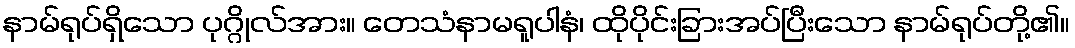
နာမ်ရုပ်ရှိသော ပုဂ္ဂိုလ်အား။ တေသံနာမရူပါနံ၊ ထိုပိုင်းခြားအပ်ပြီးသော နာမ်ရုပ်တို့၏။